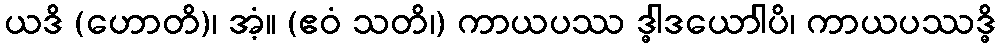
ယဒိ (ဟောတိ)၊ အံ့။ (ဧဝံ သတိ၊) ကာယပဿ ဒ္ဓါဒယောါပိ၊ ကာယပဿဒ္ဓိ